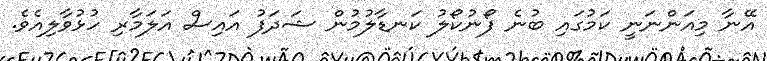
އޭނާ މިއަންނަނީ ކަމުގައި ބުނެ ފޯނުކޯލު ކަނޑާލުމުން ޝަދަފު އައިސް އަލަމާރި ހުޅުވާލިއެވެ.